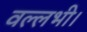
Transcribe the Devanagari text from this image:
वल्लभी।